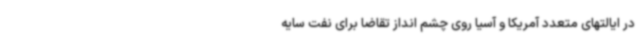
در ایالتهای متعدد آمریکا و آسیا روی چشم انداز تقاضا برای نفت سایه